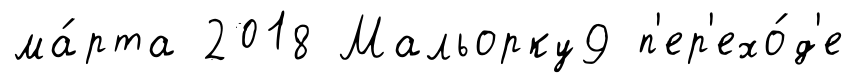
ма́рта 2018 Мальорку9 п'ер'ехо́д'е